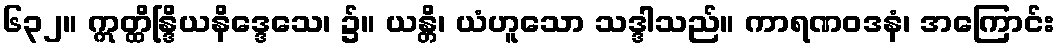
၆၃၂။ ဣတ္ထိန္ဒြိယနိဒ္ဒေသေ၊ ၌။ ယန္တိ၊ ယံဟူသော သဒ္ဒါသည်။ ကာရဏဝဒနံ၊ အကြောင်း